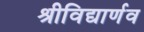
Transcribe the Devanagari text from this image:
श्रीविद्यार्णव